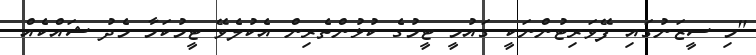
"މި ސީޒަނުގައި ފޭވަރިޓުންނަކީ ގައުމީ ޓީމުގެ ކުޅުންތެރިން އެކުލެވޭ ޓީމުކަމާ މެދު ޝައްކެއް